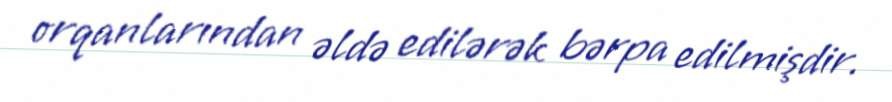
orqanlarından əldə edilərək bərpa edilmişdir.